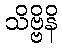
သိဗ္ဗိနိ